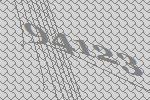
94123